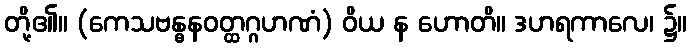
တို့၏။ (ကေသဗန္ဓနဝတ္ထဂ္ဂဟဏံ) ဝိယ န ဟောတိ။ ဒဟရကာလေ၊ ၌။